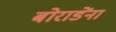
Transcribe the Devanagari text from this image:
बोराडेंना